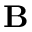
\mathbf { B }